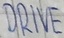
Text: DRIVE